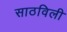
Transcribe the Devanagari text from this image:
साठविली